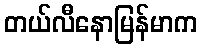
တယ်လီနောမြန်မာက